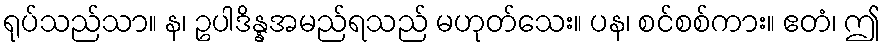
ရုပ်သည်သာ။ န၊ ဥပါဒိန္နအမည်ရသည် မဟုတ်သေး။ ပန၊ စင်စစ်ကား။ ဧတံ၊ ဤ